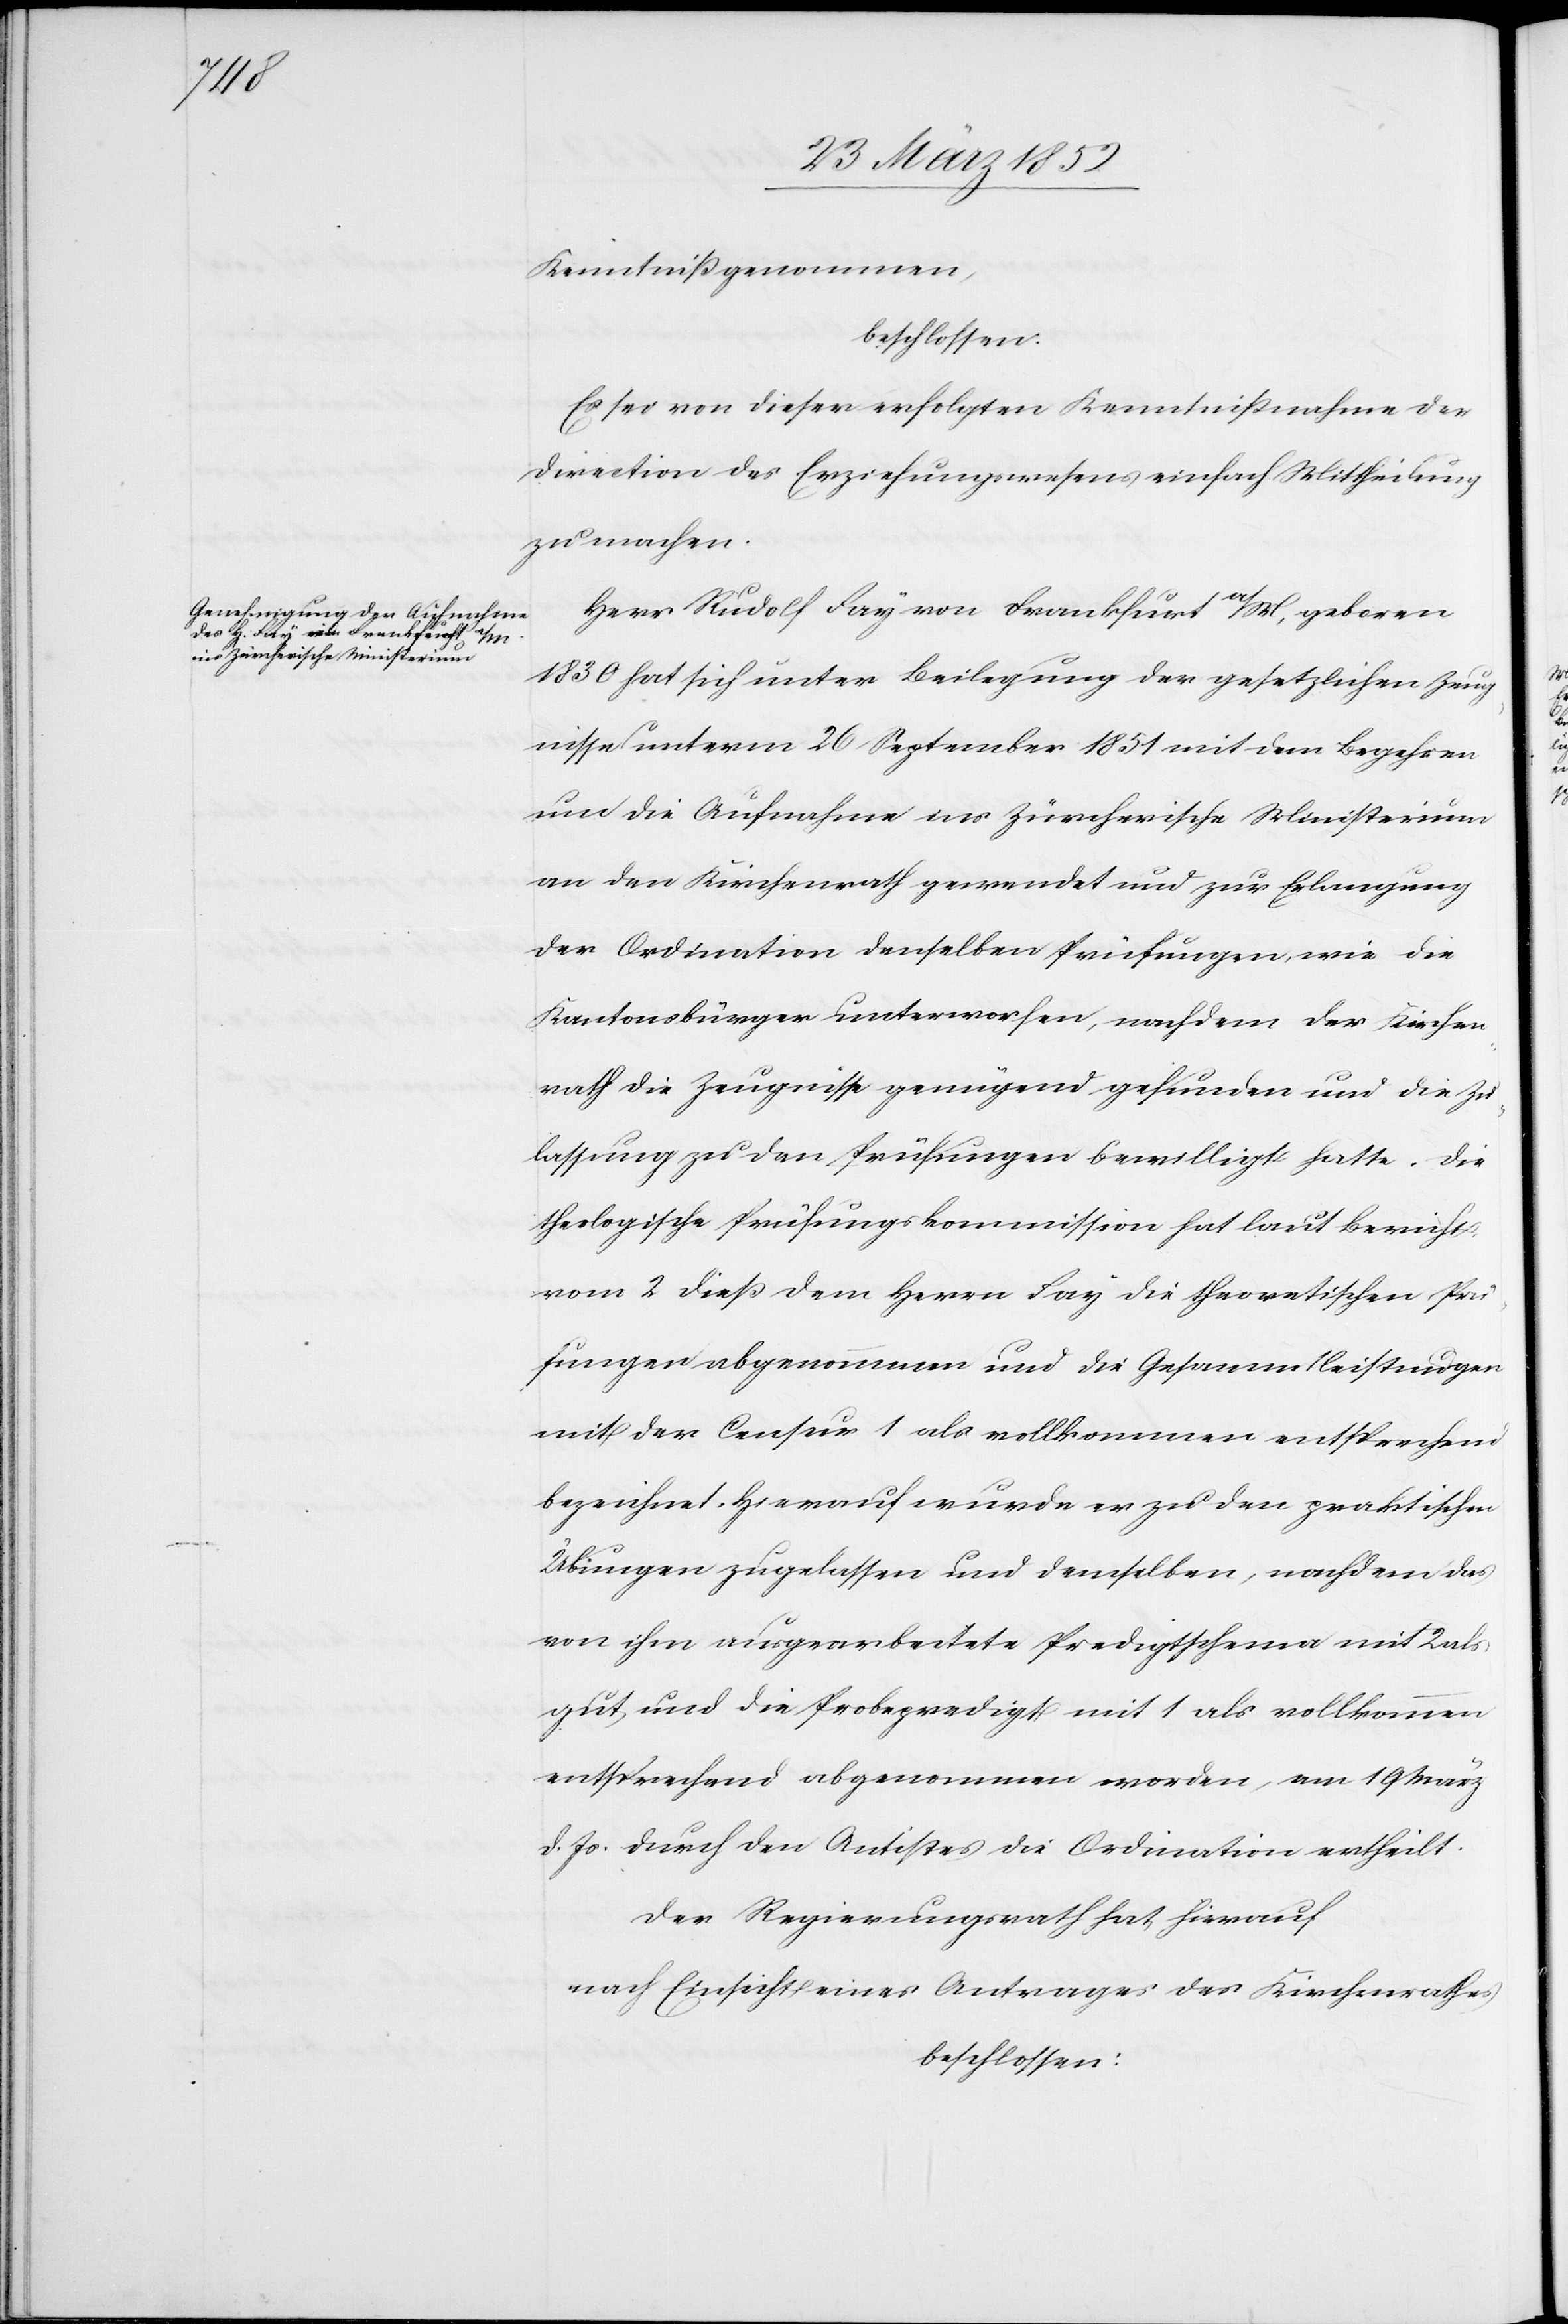
Kenntniß genommen,
beschlossen.
Es sei von dieser erfolgten Kenntnißnahme der
Direction des Erziehungswesens einfach Mittheilung
zu machen.
Herr Rudolf Fay von Frankfurt a/M, geboren
1830 hat sich unter Beilegung der gesetzlichen Zeug¬
nisse unterm 26 September 1851 mit dem Begehren
um die Aufnahme ins Zürcherische Ministerium
an den Kirchenrath gewendet und zur Erlangung
der Ordination denselben Prüfungen wie die
Kantonsbürger unterworfen, nachdem der Kirchen¬
rath die Zeugnisse genügend gefunden und die Zu¬
lassung zu den Prüfungen bewilligt hatte. Die
theologische Prüfungskommission hat laut Bericht
vom 2 dieß dem Herrn Fay die theoretischen Prü¬
fungen abgenommen und die Gesammtleistungen
mit der Censur 1 als vollkommen entsprechend
bezeichnet. Hierauf wurde er zu den praktischen
Übungen zugelassen und demselben, nachdem das
von ihm ausgearbeitete Predigtschema mit 2 als
gut, und die Probepredigt mit 1 als vollkommen
entsprechend abgenommen worden, am 19 März
d. Js durch den Antistes die Ordination ertheilt.
Der Regierungsrath hat hierauf
nach Einsicht eines Antrages des Kirchenrathes
beschlossen: